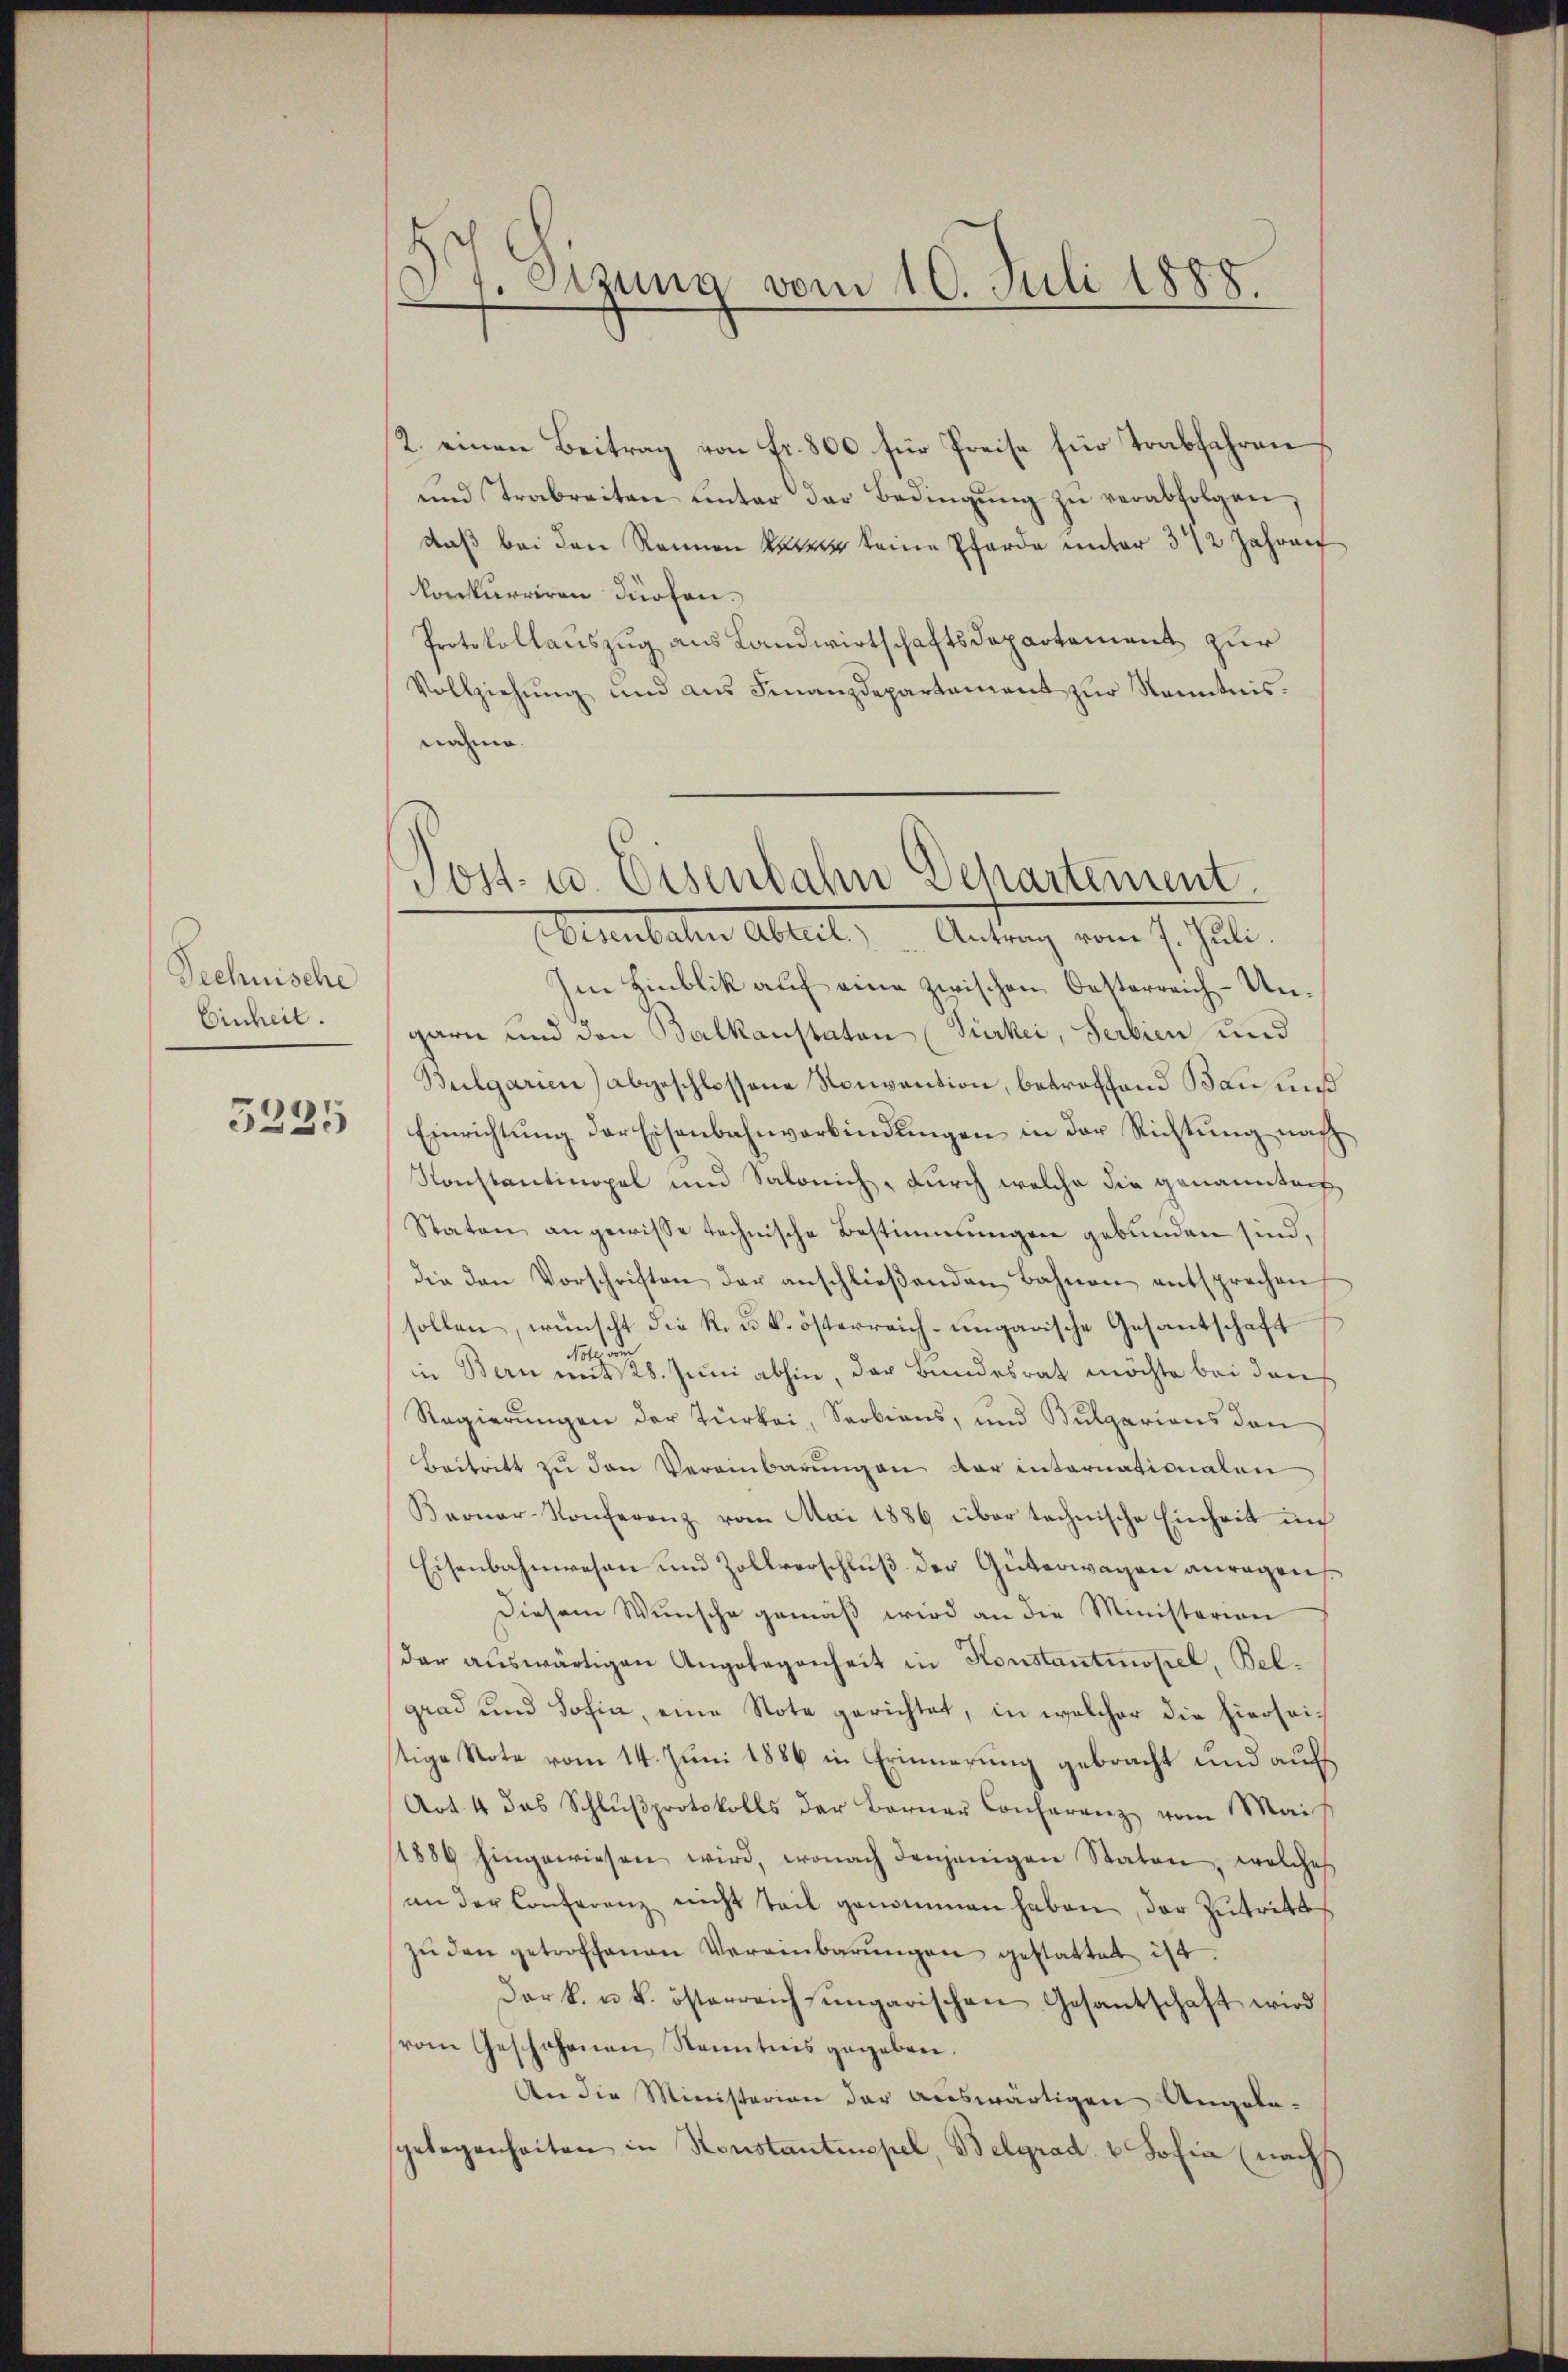
Technische
Einheit.

5235

Sizung vom 10. Juli 1888

2. einen Beitrag von fr. 800 für Preise für Trabfahren
und Trabreiten unter der Bedingung zu verabfolgen,
daß bei den Rennen von keine Pferde unter 3 1/2 Jahren
konkurriren dürfen.
Protokollauszug aus Landwirtschaftsdepartement zur
Vollziehŭng und aŭs Finanzdepartement zŭr Kenntnis.
nahme.

Post- u. Eisenbahn Departement.
Aunbaten Abteil) Antrag vom 7. Juli.

Im Hinblik auf eine zwischen Oesterreich-Ungarn und den Balkanstaten (Türkei, Serbien und
Bulgarien) abgeschlossene Konvention, betroffend Bau und
Einrichtŭng der Eisenbahnverbindŭngen in der Richtŭng nach
Konstantinopel und Salonich, durch welche die genanntech
Staten angewisse technische Bestimmungen gebunden sind,
die den Vorschriften der anschlieβenden Bahnen entsprechen
sollen, wünscht die K. u. k. österreich-ungarische Gesantschaft
ot
in Bern mit 28. Juni abhin, der Bundesrath möchte bei den
Regierungen der Türkei, Sections, und Bulgarions den
Beitritt zu den Vereinbarungen der internationalen
Beonar-Konferenz vom Mai 1886 über technische Einheit un
Eisenbahnwesen und Zollverschluß der Güterwagen anregens¬
Diesem Wunsche gemäß wird an die Ministerion
dar auswärtigen Angelegenheit in Konstantinopel, Belgrad und Sohin, eine Note gerichtet, in welcher die hierseistige Note vom 14. Juni 1886 in Erinnerung gebracht und auf
Art. 4 das Schlŭβprotokolls der Berner Conferenz vom Mais
(1886 hingewiesen wird, wonach denjenigen Staten, welches
an der Conferenz nicht teil genommen haben, der Zutritts
zŭ den getroffenen Vereinbarŭngen gestattet ist.
Dark. u. k. österreich ungarischen Gesantschaft wird
vom Geschehenen Kenntnis gegeben.
An die Ministerian der auswärtigen Angela-
gelegenheiten in Konstantinopel, Belgrad. 2. Johin (nachh